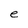
Character: e